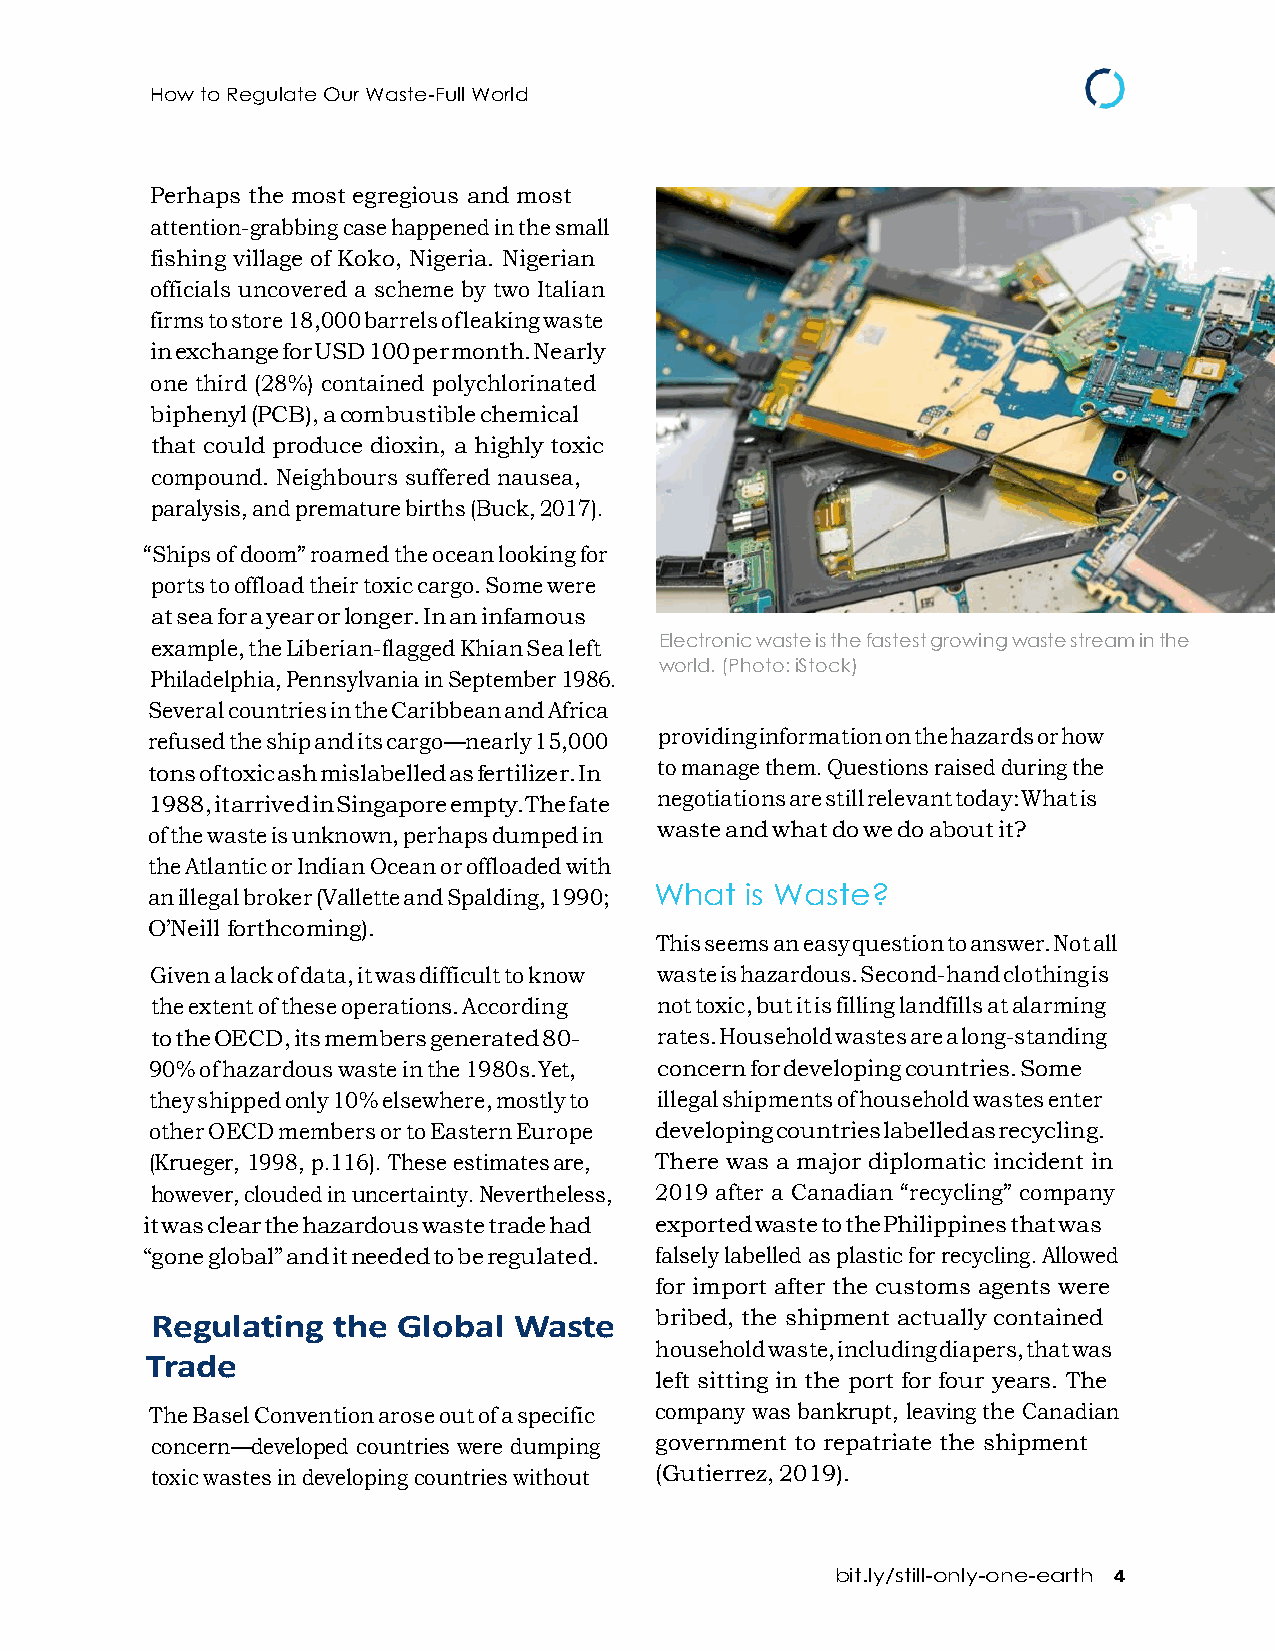
How to Regulate Our Waste-Full World
 Perhaps the most egregious and most
 attention-grabbing case happened in the small
 fishing village of Koko, Nigeria. Nigerian
 officials uncovered a scheme by two Italian
 firms to store 18,000 barrels of leaking waste
 in exchange for USD 100 per month. Nearly
 one third (28%) contained polychlorinated
 biphenyl (PCB), a combustible chemical
 that could produce dioxin, a highly toxic
 compound. Neighbours suffered nausea,
 paralysis, and premature births (Buck, 2017).
 “Ships of doom” roamed the ocean looking for
 ports to offload their toxic cargo. Some were
 at sea for a year or longer. In an infamous
 example, the Liberian-flagged Khian Sea left Electronic waste is the fastest growing waste stream in the
 world. (Photo: iStock)
 Philadelphia, Pennsylvania in September 1986.
 Several countries in the Caribbean and Africa
 refused the ship and its cargo—nearly 15,000 providing information on the hazards or how
 tons of toxic ash mislabelled as fertilizer. In to manage them. Questions raised during the
 1988, it arrived in Singapore empty. The fate negotiations are still relevant today: What is
 of the waste is unknown, perhaps dumped in waste and what do we do about it?
 the Atlantic or Indian Ocean or offloaded with
 an illegal broker (Vallette and Spalding, 1990; What is Waste?
 O’Neill forthcoming).
 This seems an easy question to answer. Not all
 Given a lack of data, it was difficult to know waste is hazardous. Second-hand clothing is
 the extent of these operations. According not toxic, but it is filling landfills at alarming
 to the OECD, its members generated 80- rates. Household wastes are a long-standing
 90% of hazardous waste in the 1980s. Yet, concern for developing countries. Some
 they shipped only 10% elsewhere, mostly to illegal shipments of household wastes enter
 other OECD members or to Eastern Europe developing countries labelled as recycling.
 (Krueger, 1998, p.116). These estimates are, There was a major diplomatic incident in
 however, clouded in uncertainty. Nevertheless, 2019 after a Canadian “recycling” company
 it was clear the hazardous waste trade had exported waste to the Philippines that was
 “gone global” and it needed to be regulated. falsely labelled as plastic for recycling. Allowed
 for import after the customs agents were
 Regulating  the Global  Waste    bribed, the shipment actually contained
 household waste, including diapers, that was
 Trade
 left sitting in the port for four years. The
 The Basel Convention arose out of a specific company was bankrupt, leaving the Canadian
 concern—developed countries were dumping government to repatriate the shipment
 toxic wastes in developing countries without (Gutierrez, 2019).
 bit.ly/still-only-one-earth 4